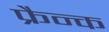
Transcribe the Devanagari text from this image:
फ्रैन्क